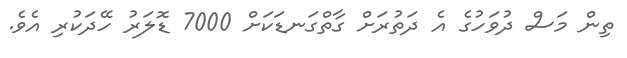
ތިން މަސް ދުވަހުގެ އެ ދަތުރަށް ގާތްގަނޑަކަށް 7000 ޑޮލަރު ހޭދަކުރި އެވެ.